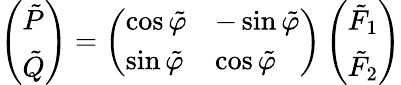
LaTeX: \left(\begin{array}{l}{{\tilde{P}}}\\ {{\tilde{Q}}}\end{array}\right)=\left(\begin{array}{ll}{{\cos\tilde{\varphi}}}&{{-\sin\tilde{\varphi}}}\\ {{\sin\tilde{\varphi}}}&{{\cos\tilde{\varphi}}}\end{array}\right)\left(\begin{array}{l}{{\tilde{F}_{1}}}\\ {{\tilde{F}_{2}}}\end{array}\right)